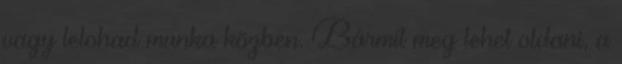
vagy lelohad munka közben. Bármit meg lehet oldani, a